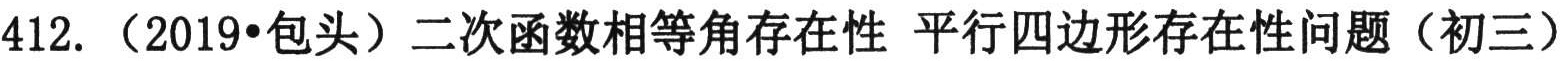
412. （2019•包头）二次函数相等角存在性 平行四边形存在性问题（初三）